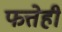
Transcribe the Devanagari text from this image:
फत्तेही